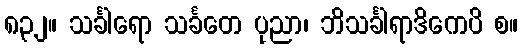
၈၃၂။ သင်္ခါရော သင်္ခတေ ပုညာ၊ ဘိသင်္ခါရာဒိကေပိ စ။